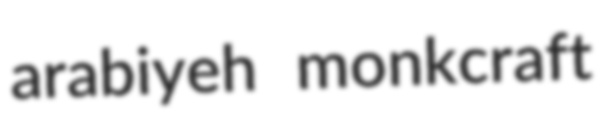
arabiyeh monkcraft